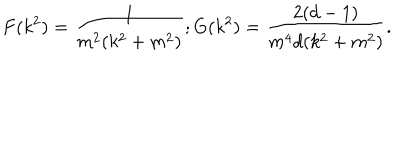
F ( k ^ { 2 } ) = \frac { 1 } { m ^ { 2 } ( k ^ { 2 } + m ^ { 2 } ) } ; G ( k ^ { 2 } ) = \frac { 2 ( d - 1 ) } { m ^ { 4 } d ( k ^ { 2 } + m ^ { 2 } ) } .